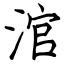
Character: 涫